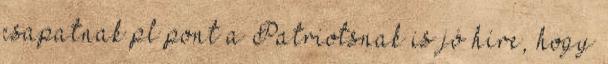
csapatnak pl pont a Patriotsnak is jó híre, hogy